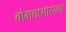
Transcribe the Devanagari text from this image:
बोगद्यासारख्या